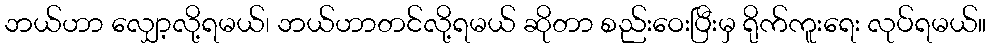
ဘယ်ဟာ လျှော့လို့ရမယ်၊ ဘယ်ဟာတင်လို့ရမယ် ဆိုတာ စည်းဝေးပြီးမှ ရိုက်ကူးရေး လုပ်ရမယ်။